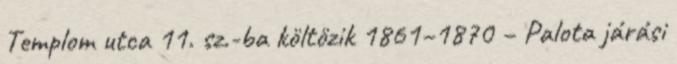
Templom utca 11. sz.-ba költözik 1861–1870 – Palota járási